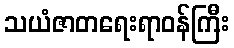
သယံဇာတရေးရာဝန်ကြီး